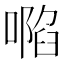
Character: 𠽏